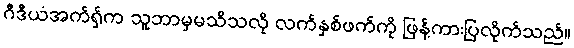
ဂီဒီယံအက်ရှ်က သူဘာမှမသိသလို လက်နှစ်ဖက်ကို ဖြန့်ကားပြလိုက်သည်။